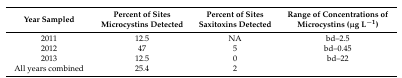
| Year Sampled | Percent of Sites Microcystins Detected | Percent of Sites Saxitoxins Detected | Range of Concentrations of Microcystins (μg L−1) |
 | --- | --- | --- | --- |
 | 2011 | 12.5 | NA | bd–2.5 |
 | 2012 | 47 | 5 | bd–0.45 |
 | 2013 | 12.5 | 0 | bd–22 |
 | All years combined | 25.4 | 2 |  |